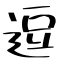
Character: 逗